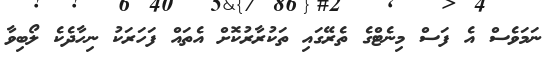
ނަމަވެސް އެ ފަސް މިނެޓްގެ ތެރޭގައި ތަކުރާރުކޮށް އެތައް ފަހަރަކު ނިހާދެކެ ލޯބިވާ